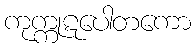
ကုက္ကုဋပေါတကော